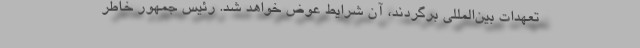
تعهدات بین‌المللی برگردند، آن شرایط عوض خواهد شد. رئیس جمهور خاطر